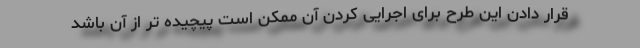
قرار دادن این طرح برای اجرایی کردن آن ممکن است پیچیده تر از آن باشد